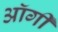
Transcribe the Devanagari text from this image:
ऑर्गी